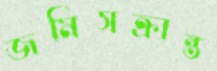
জমিসক্রান্ত